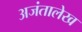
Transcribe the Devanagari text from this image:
अजंतालेख